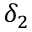
\delta _ { 2 }